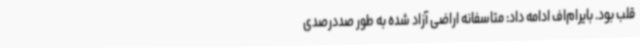
قلب بود. بایرام‌اف ادامه داد: متاسفانه اراضی آزاد شده به طور صددرصدی